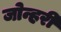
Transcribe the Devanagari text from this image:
जोन्हरी